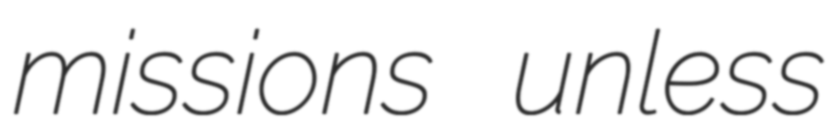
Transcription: missions unless